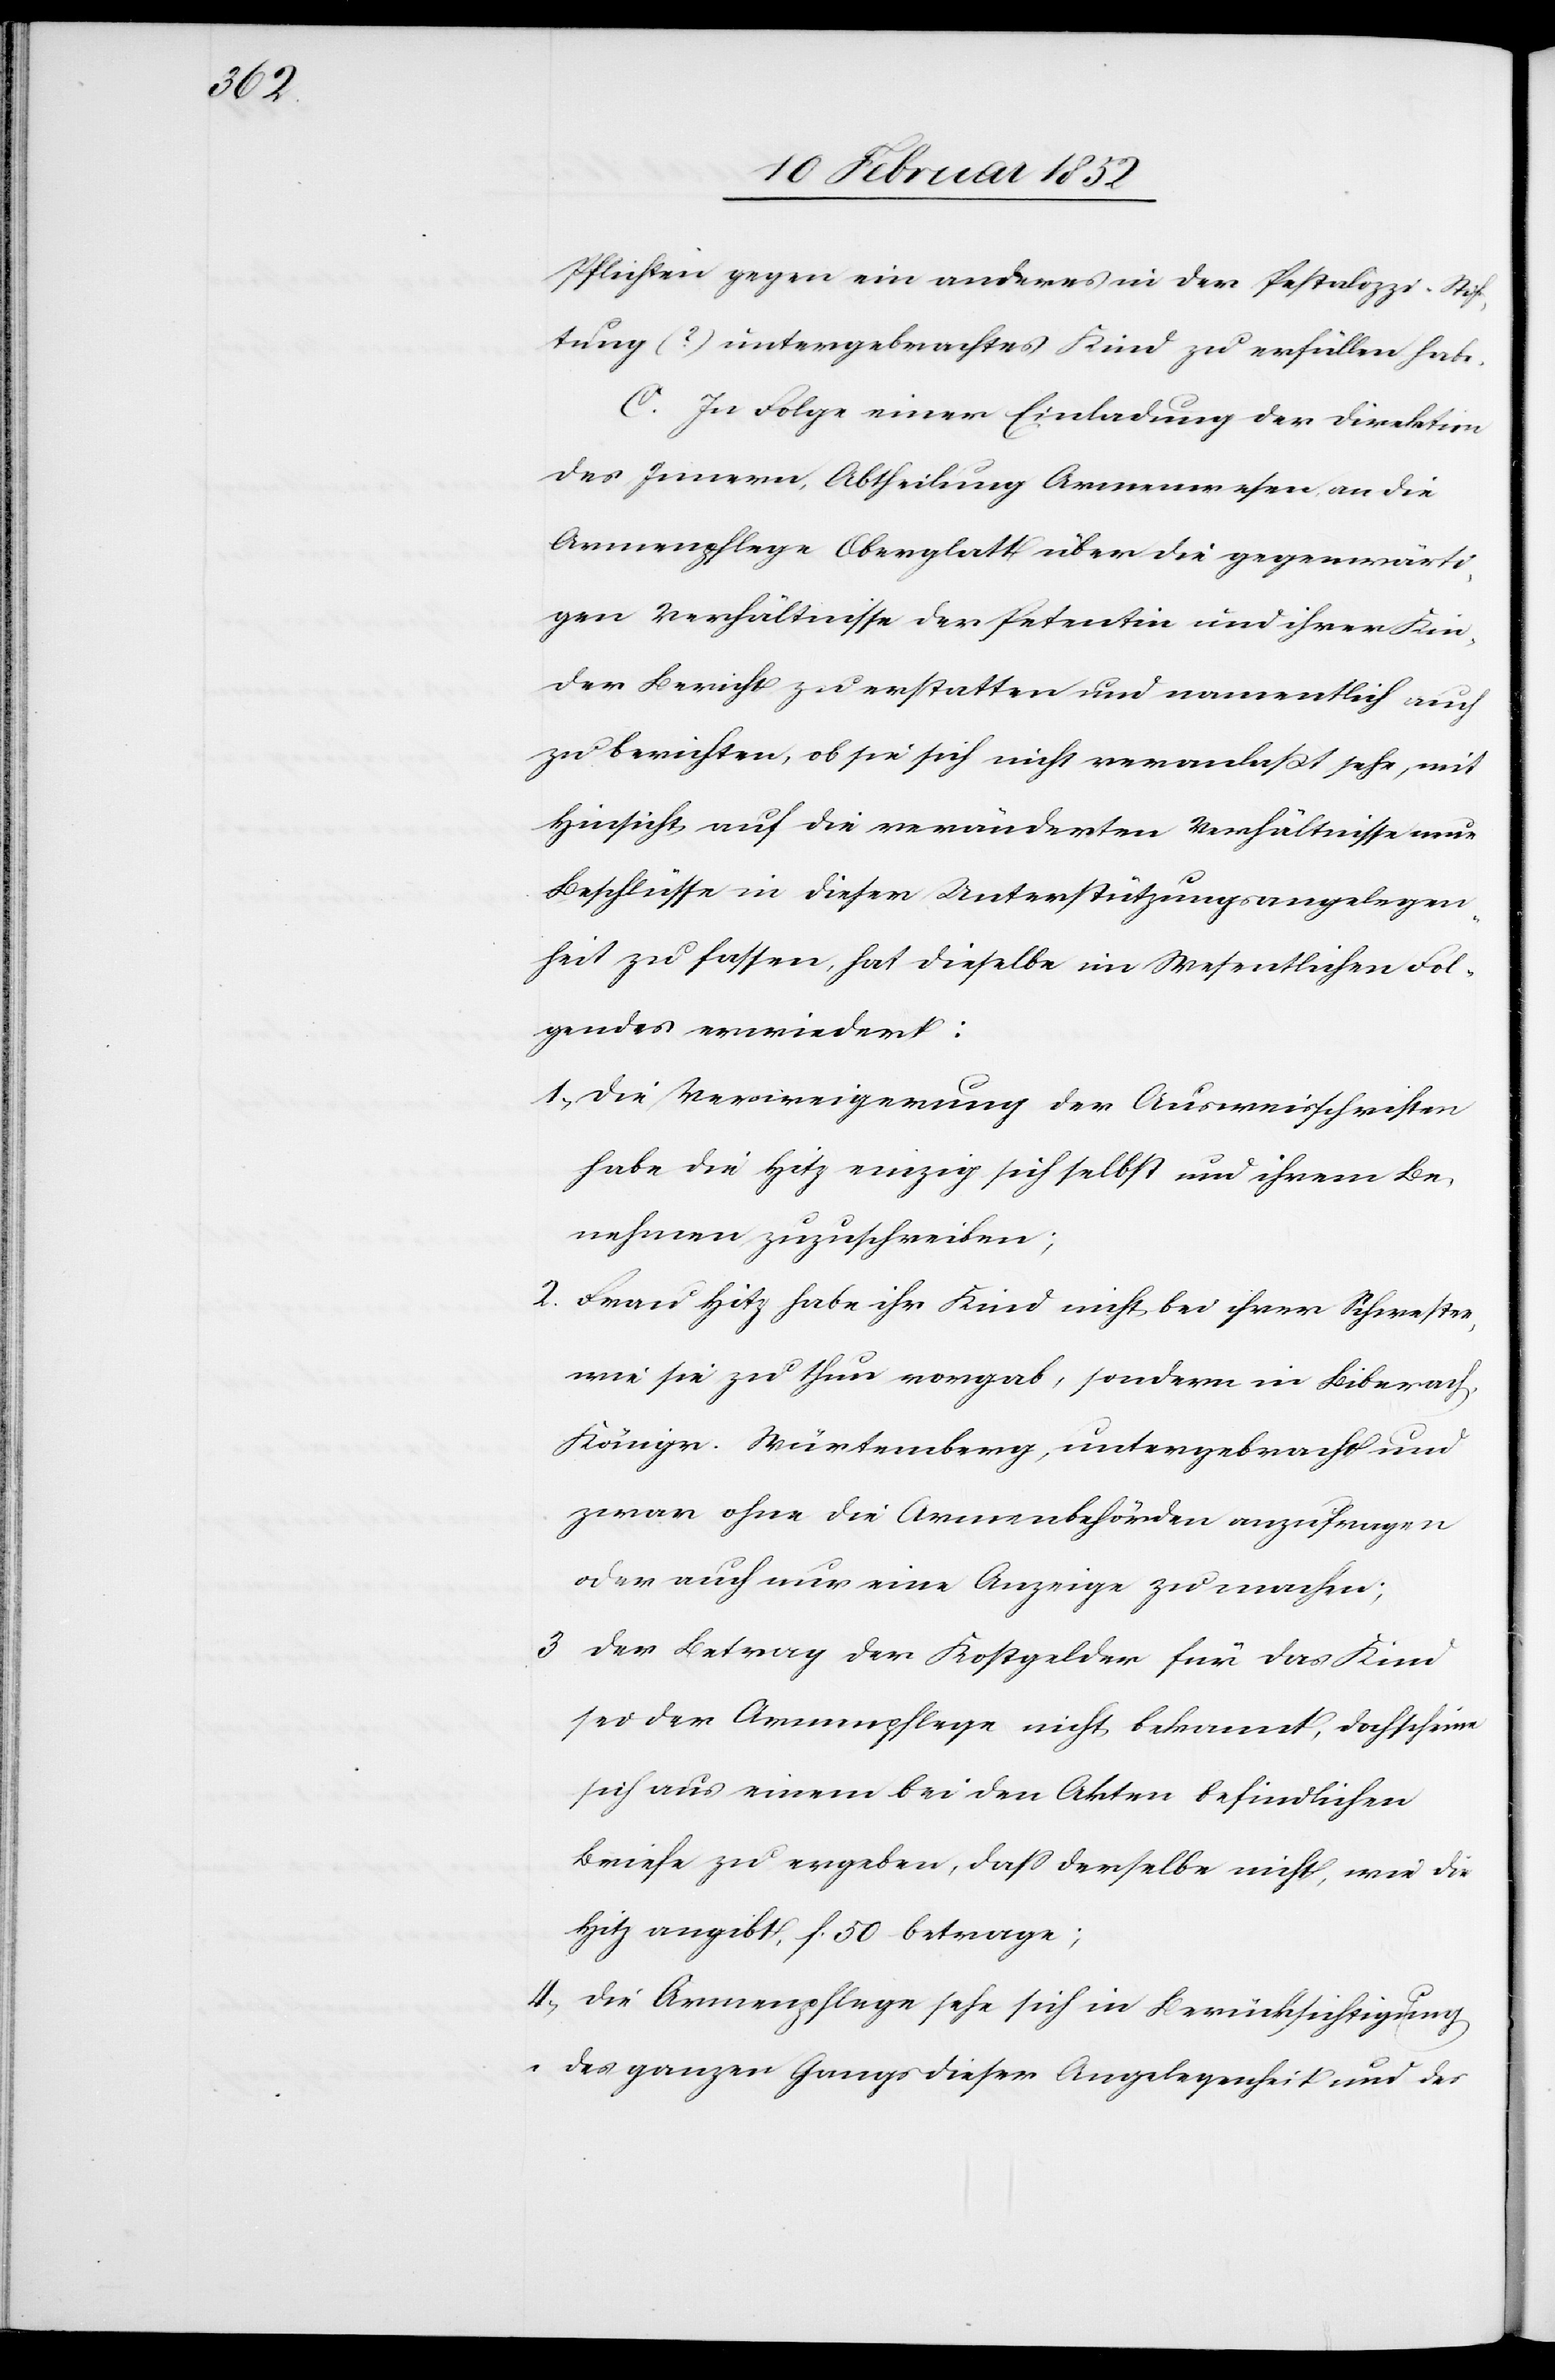
Pflichten gegen ein anders in der Pestalozzi-Stif¬
tung (?) untergebrachtes Kind zu erfüllen habe.
C. In Folge einer Einladung der Direktion
des Innern, Abtheilung Armenwesen an die
Armenpflege Oberglatt über die gegenwärti¬
gen Verhältnisse der Petentin und ihrer Kin¬
der Bericht zu erstatten und namentlich auch
zu berichten, ob sie sich nicht veranlaßt sehe, mit
Hinsicht auf die veränderten Verhältnisse neue
Beschlüsse in dieser Unterstützungsangelegen¬
heit zu fassen, hat dieselbe im Wesentlichen Fol¬
gendes erwiedert:
1.) Die Verweigerung der Ausweisschriften
habe die Hitz einzig sich selbst und ihrem Be¬
nehmen zuzuschreiben;
2. Frau Hitz habe ihr Kind nicht bei ihrer Schwester,
wie sie zu thun vorgab, sondern in Biberach
Königr. Würtemberg, untergebracht und
zwar ohne die Armenbehörden anzufragen
oder auch nur eine Anzeige zu machen.
3 Der Betrag der Kostgelder für das Kind
sei der Armenpflege nicht bekannt, doch scheine
sich aus einem bei den Akten befindlichen
Briefe zu ergeben, daß derselbe nicht, wie die
Hitz angibt, f. 50 betrage;
4.) Die Armenpflege sehe sich in Berücksichtigung
des ganzen Gangs dieser Angelegenheit und des